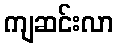
ကျဆင်းလာ